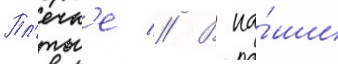
Пл'ечк'е // В на́ши